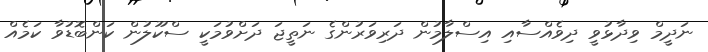
ނަދީމް ވިދާޅުވީ ދިވެއްސާއި އިސްލާމުން ދަރިވަރުންގެ ނަތީޖަ ދަށްވުމަކީ ސްކޫލުން ކަންބޮޑުވާ ކަމެއް